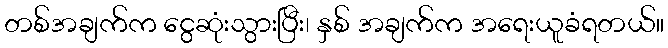
တစ်အချက်က ငွေဆုံးသွားပြီး၊ နှစ် အချက်က အရေးယူခံရတယ်။